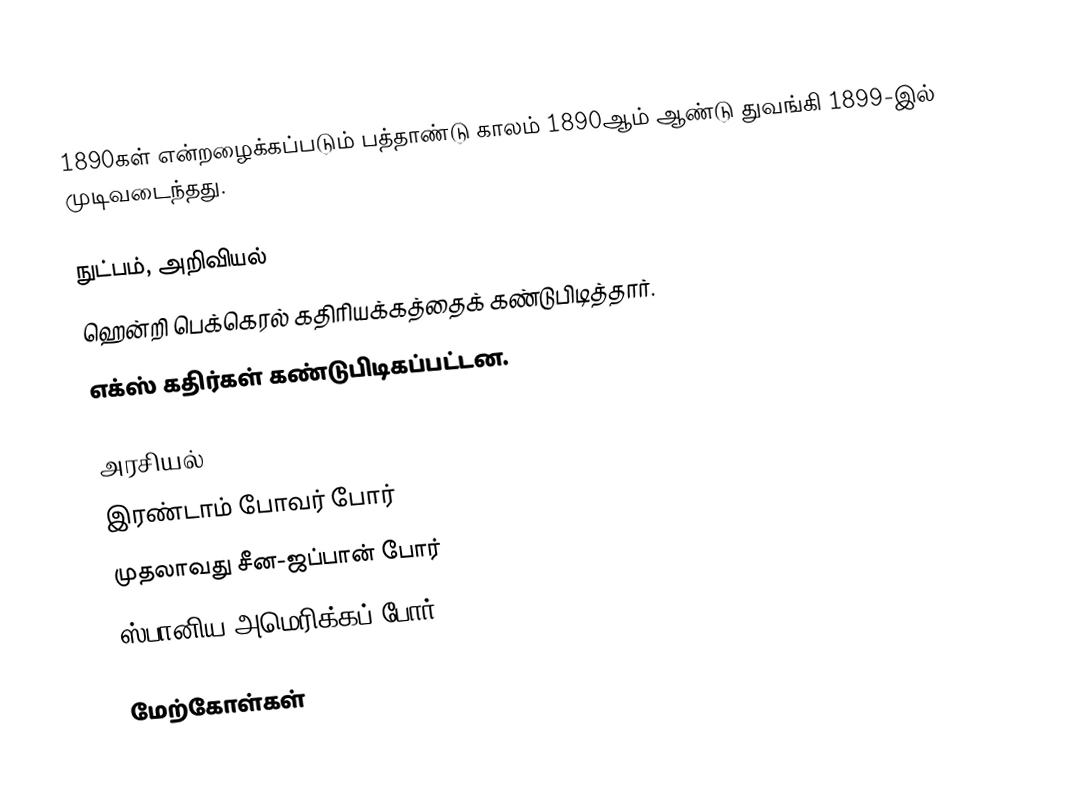
1890கள் என்றழைக்கப்படும் பத்தாண்டு காலம் 1890ஆம் ஆண்டு துவங்கி 1899-இல் முடிவடைந்தது.

நுட்பம், அறிவியல்
 ஹென்றி பெக்கெரல் கதிரியக்கத்தைக் கண்டுபிடித்தார்.
 எக்ஸ் கதிர்கள் கண்டுபிடிகப்பட்டன.

அரசியல்
 இரண்டாம் போவர் போர்
 முதலாவது சீன-ஜப்பான் போர்
 ஸ்பானிய-அமெரிக்கப் போர்

மேற்கோள்கள்